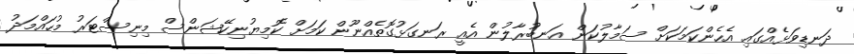
ދަނޑިވަޅެއްގައި އެހެންކަމަކަށް ސަމާލުކަން އަނބުރާލުން އެއީ ރަނގަޅުގޮތެއްނޫން ކަމަށް ކޮމިޔުނިކޭޝަންސް މިނިސްޓަރު މުހައްމަދު